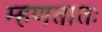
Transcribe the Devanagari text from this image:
म्हणतातः